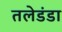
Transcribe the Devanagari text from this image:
तलेडंडा